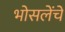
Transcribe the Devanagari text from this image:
भोसलेंचे